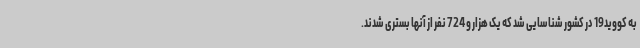
به کووید19 در کشور شناسایی شد که یک هزار و 724 نفر از آنها بستری شدند.